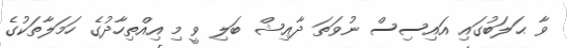
ވާ ޙަލަބުގައި އައިސިސް ނުވަތަ ދާޢިޝް ބަލި ވީ މި އިއްތިހާދުގެ ހަމަލާތަކުގެ